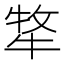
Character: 𭷧